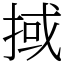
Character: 掝